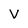
Character: v